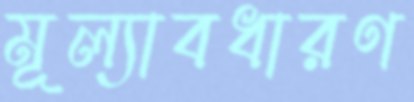
মূল্যাবধারণ